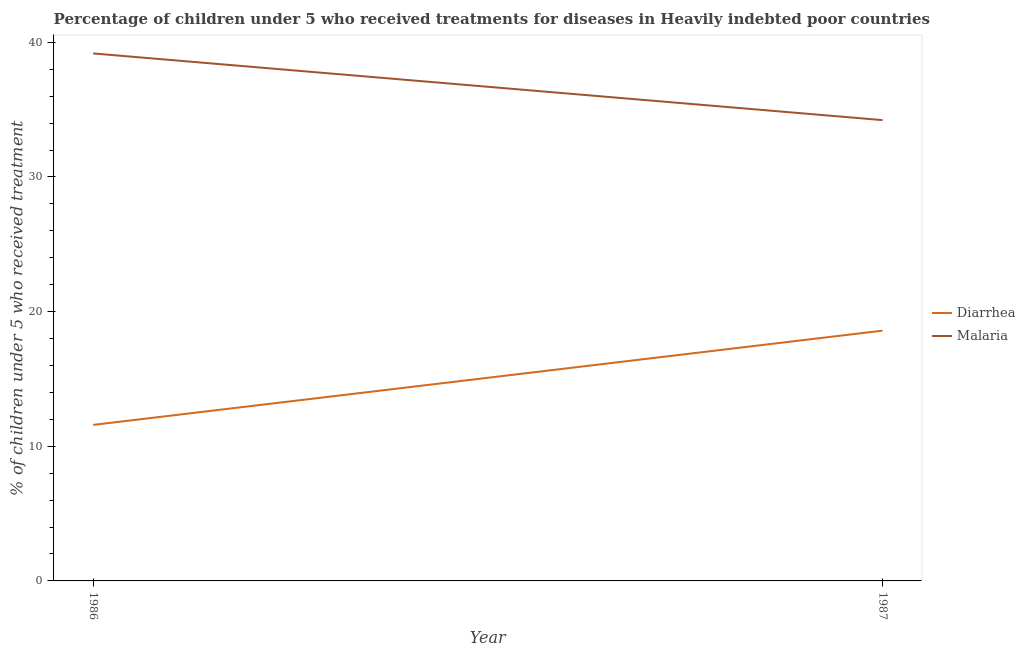
| Year | Diarrhea | Malaria |
 | --- | --- | --- |
 | 1986 | 11.6 | 39.2 |
 | 1987 | 18.6 | 34.2 |